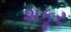
શકૂર